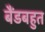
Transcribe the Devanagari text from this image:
बैंडबहुत